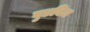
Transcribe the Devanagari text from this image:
बुडविज